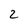
Character: 2